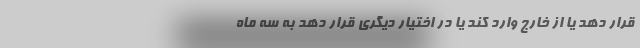
قرار دهد یا از خارج وارد کند یا در اختیار دیگری ‌قرار دهد به سه ماه